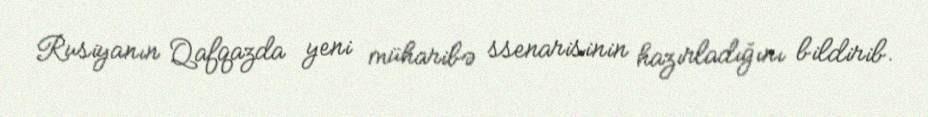
Rusiyanın Qafqazda yeni müharibə ssenarisinin hazırladığını bildirib.